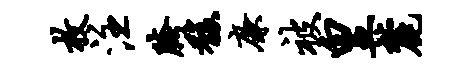
枚注胯馥廉被皇麓